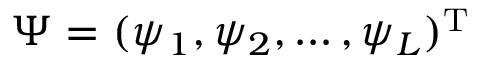
\Psi = ( \psi _ { 1 } , \psi _ { 2 } , \dots , \psi _ { L } ) ^ { \mathrm { T } }